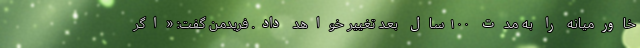
خاورمیانه را به مدت ۱۰۰ سال بعد تغییر خواهد داد. فریدمن گفت: «اگر